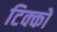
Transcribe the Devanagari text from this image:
टिक्कों